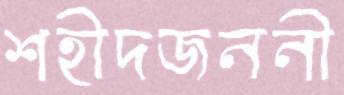
শহীদজননী